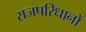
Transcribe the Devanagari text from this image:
राजपरिधानों